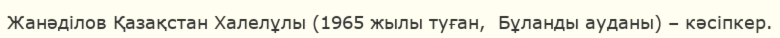
Жанәділов Қазақстан Халелұлы (1965 жылы туған,  Бұланды ауданы) – кәсіпкер.